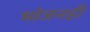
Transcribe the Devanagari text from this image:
भोजनही